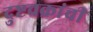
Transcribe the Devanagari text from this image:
दुष्टचक्रांची